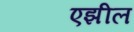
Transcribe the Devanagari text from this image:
एझील